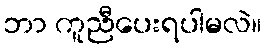
ဘာ ကူညီပေးရပါမလဲ။